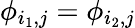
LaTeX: \phi_{i_{1},j}=\phi_{i_{2},j}